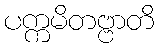
ပက္ကမိတဗ္ဗာတိ